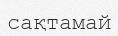
сақтамай